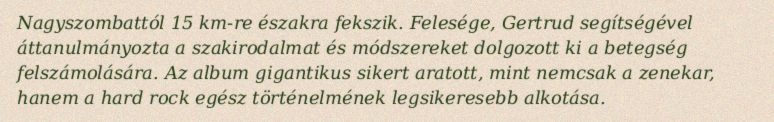
Nagyszombattól 15 km-re északra fekszik. Felesége, Gertrud segítségével áttanulmányozta a szakirodalmat és módszereket dolgozott ki a betegség felszámolására. Az album gigantikus sikert aratott, mint nemcsak a zenekar, hanem a hard rock egész történelmének legsikeresebb alkotása.